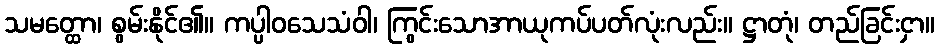
သမတ္ထော၊ စွမ်းနိုင်၏။ ကပ္ပါဝသေသံဝါ၊ ကြွင်းသောအာယုကပ်ပတ်လုံးလည်း။ ဋ္ဌာတုံ၊ တည်ခြင်းငှာ။